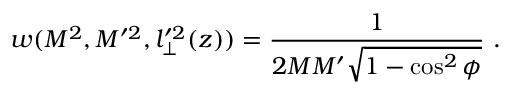
w ( M ^ { 2 } , M ^ { \prime 2 } , { l } _ { \perp } ^ { \prime 2 } ( z ) ) = \frac { 1 } { 2 M { M } ^ { \prime } \sqrt { 1 - \cos ^ { 2 } \phi } } \ .